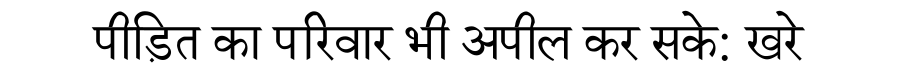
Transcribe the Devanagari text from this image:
पीड़ित का परिवार भी अपील कर सके: खरे